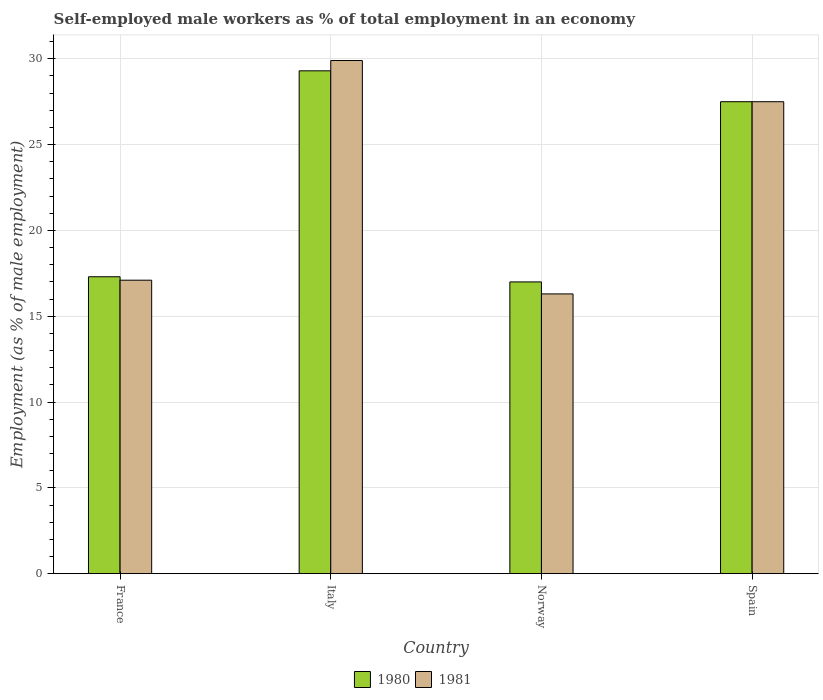
| Country | 1980 | 1981 |
 | --- | --- | --- |
 | France | 17.3 | 17.1 |
 | Italy | 29.3 | 29.9 |
 | Norway | 17 | 16.3 |
 | Spain | 27.5 | 27.5 |